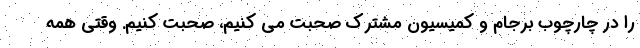
را در چارچوب برجام و کمیسیون مشترک صحبت می کنیم، صحبت کنیم. وقتی همه